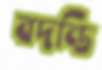
বদন্তি